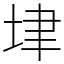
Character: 垏